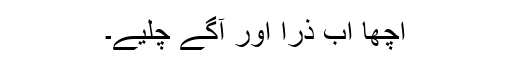
اچھا اب ذرا اور آگے چلیے۔